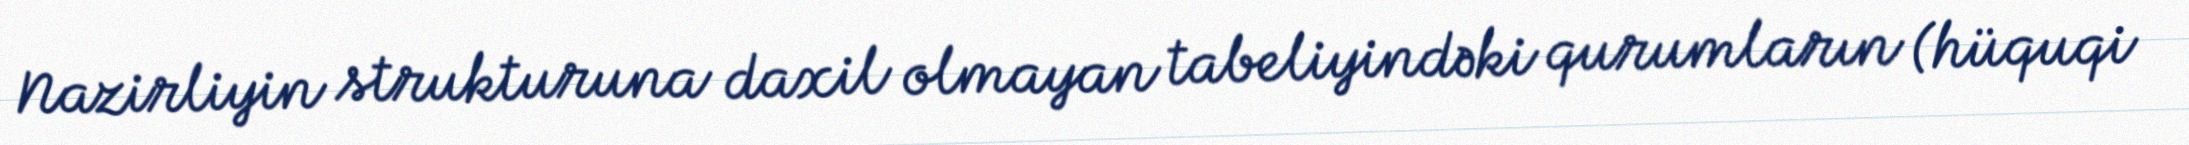
Nazirliyin strukturuna daxil olmayan tabeliyindəki qurumların (hüquqi